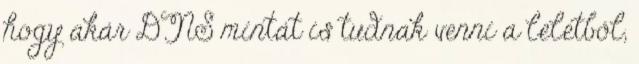
hogy akár DNS mintát is tudnak venni a leletből,